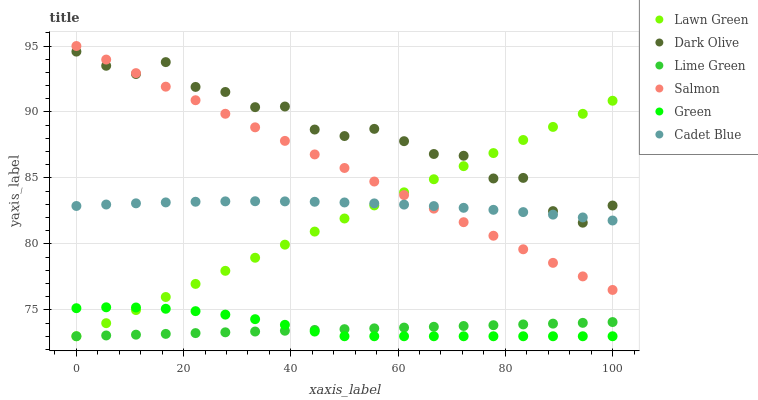
| xaxis_label | Lawn Green | Dark Olive | Lime Green | Salmon | Green | Cadet Blue |
 | --- | --- | --- | --- | --- | --- | --- |
 | 0 | 73 | 94.6 | 73 | 95 | 75.1 | 82.9 |
 | 5.56 | 74 | 93.5 | 73.1 | 94 | 75.2 | 83 |
 | 11.1 | 75 | 92.9 | 73.1 | 92.9 | 75.2 | 83.1 |
 | 16.7 | 76 | 93.8 | 73.2 | 91.9 | 75.1 | 83.1 |
 | 22.2 | 77 | 91.9 | 73.2 | 90.9 | 74.9 | 83.2 |
 | 27.8 | 78 | 91.5 | 73.3 | 89.9 | 74.6 | 83.2 |
 | 33.3 | 79 | 90.4 | 73.4 | 88.8 | 74.3 | 83.2 |
 | 38.9 | 79.9 | 90.4 | 73.4 | 87.8 | 73.9 | 83.2 |
 | 44.4 | 80.9 | 88.7 | 73.5 | 86.8 | 73.4 | 83.2 |
 | 50 | 81.9 | 88.2 | 73.5 | 85.8 | 73 | 83.1 |
 | 55.6 | 82.9 | 88.7 | 73.6 | 84.7 | 73 | 83.1 |
 | 61.1 | 83.9 | 87.8 | 73.7 | 83.7 | 73 | 83 |
 | 66.7 | 84.9 | 86.8 | 73.7 | 82.7 | 73 | 82.9 |
 | 72.2 | 85.9 | 86.7 | 73.8 | 81.6 | 73 | 82.7 |
 | 77.8 | 86.9 | 85 | 73.8 | 80.6 | 73 | 82.6 |
 | 83.3 | 87.9 | 85 | 73.9 | 79.6 | 73 | 82.4 |
 | 88.9 | 88.9 | 82.5 | 74 | 78.6 | 73 | 82.2 |
 | 94.4 | 89.9 | 81.6 | 74 | 77.5 | 73 | 82 |
 | 100 | 90.9 | 82.9 | 74.1 | 76.5 | 73 | 81.8 |